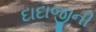
દાદાજીની